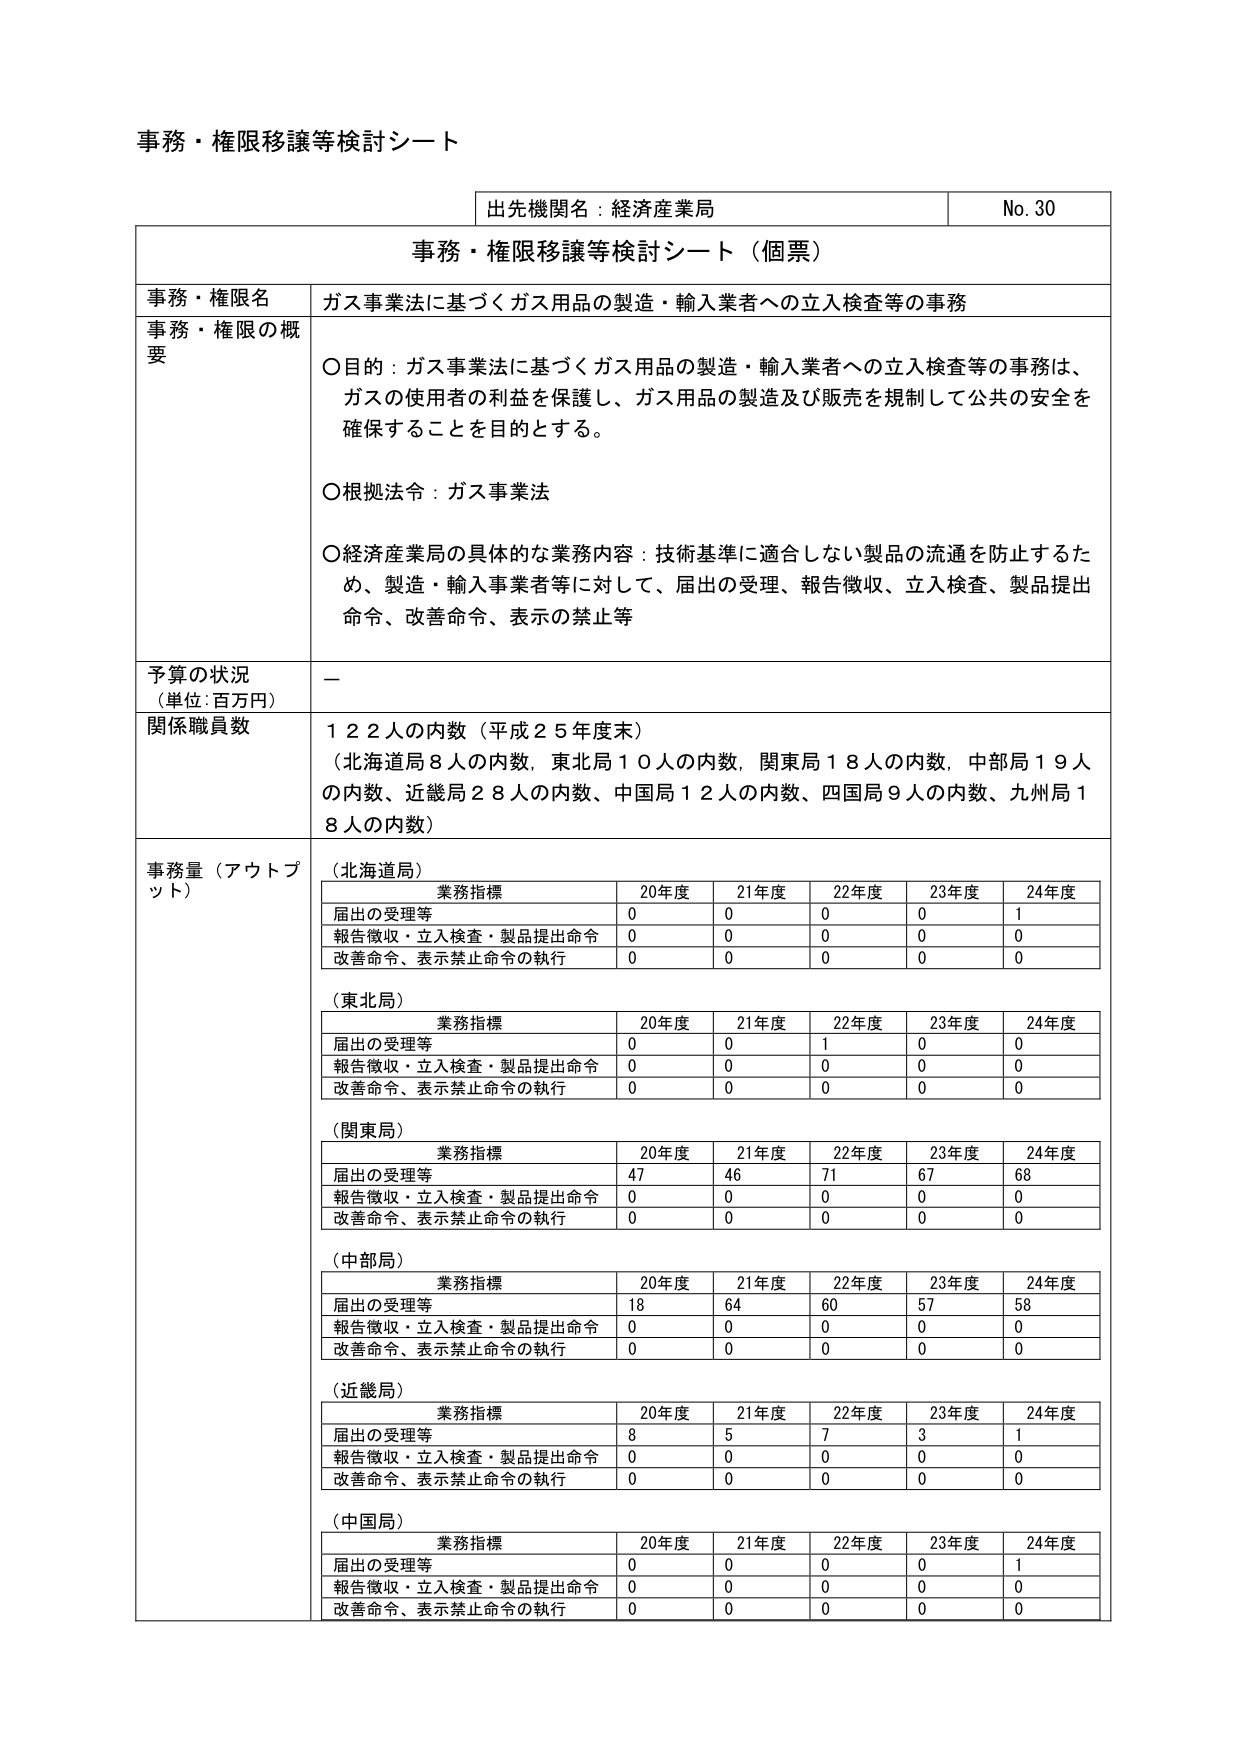
事務・権限移譲等検討シート

出先機関名：経済産業局　　　　　　　　　　　　　　　　　　　No. 30

事務・権限移譲等検討シート（個票）

事務・権限名　　ガス事業法に基づくガス用品の製造・輸入業者への立入検査等の事務

事務・権限の概要
○目的：ガス事業法に基づくガス用品の製造・輸入業者への立入検査等の事務は、
　　ガスの使用者の利益を保護し、ガス用品の製造及び販売を規制して公共の安全を
　　確保することを目的とする。

○根拠法令：ガス事業法

○経済産業局の具体的な業務内容：技術基準に適合しない製品の流通を防止するた
　　め、製造・輸入事業者等に対して、届出の受理、報告徴収、立入検査、製品提出
　　命令、改善命令、表示の禁止等

予算の状況
（単位：百万円）　　－

関係職員数　　１２２人の内数（平成２５年度末）
　　　　　　　　（北海道局８人の内数、東北局１０人の内数、関東局１８人の内数、中部局１９人
　　　　　　　　　の内数、近畿局２８人の内数、中国局１２人の内数、四国局９人の内数、九州局１
　　　　　　　　　８人の内数）

事務量（アウトプット）

（北海道局）
　　　　　　　業務指標　　　　20年度　　21年度　　22年度　　23年度　　24年度
　　　　　　　届出の受理等　　　　0　　　　0　　　　0　　　　0　　　　1
　　　　　　　報告徴収・立入検査・製品提出命令　　0　　　　0　　　　0　　　　0　　　　0
　　　　　　　改善命令、表示禁止命令の執行　　0　　　　0　　　　0　　　　0　　　　0

（東北局）
　　　　　　　業務指標　　　　20年度　　21年度　　22年度　　23年度　　24年度
　　　　　　　届出の受理等　　　　0　　　　0　　　　1　　　　0　　　　0
　　　　　　　報告徴収・立入検査・製品提出命令　　0　　　　0　　　　0　　　　0　　　　0
　　　　　　　改善命令、表示禁止命令の執行　　0　　　　0　　　　0　　　　0　　　　0

（関東局）
　　　　　　　業務指標　　　　20年度　　21年度　　22年度　　23年度　　24年度
　　　　　　　届出の受理等　　　　47　　　　46　　　　71　　　　67　　　　68
　　　　　　　報告徴収・立入検査・製品提出命令　　0　　　　0　　　　0　　　　0　　　　0
　　　　　　　改善命令、表示禁止命令の執行　　0　　　　0　　　　0　　　　0　　　　0

（中部局）
　　　　　　　業務指標　　　　20年度　　21年度　　22年度　　23年度　　24年度
　　　　　　　届出の受理等　　　　18　　　　64　　　　60　　　　57　　　　58
　　　　　　　報告徴収・立入検査・製品提出命令　　0　　　　0　　　　0　　　　0　　　　0
　　　　　　　改善命令、表示禁止命令の執行　　0　　　　0　　　　0　　　　0　　　　0

（近畿局）
　　　　　　　業務指標　　　　20年度　　21年度　　22年度　　23年度　　24年度
　　　　　　　届出の受理等　　　　8　　　　5　　　　7　　　　3　　　　1
　　　　　　　報告徴収・立入検査・製品提出命令　　0　　　　0　　　　0　　　　0　　　　0
　　　　　　　改善命令、表示禁止命令の執行　　0　　　　0　　　　0　　　　0　　　　0

（中国局）
　　　　　　　業務指標　　　　20年度　　21年度　　22年度　　23年度　　24年度
　　　　　　　届出の受理等　　　　0　　　　0　　　　0　　　　0　　　　1
　　　　　　　報告徴収・立入検査・製品提出命令　　0　　　　0　　　　0　　　　0　　　　0
　　　　　　　改善命令、表示禁止命令の執行　　0　　　　0　　　　0　　　　0　　　　0